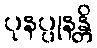
ပုနပ္ပုနန္တိ